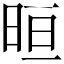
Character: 晅